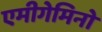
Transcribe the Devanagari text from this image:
एमीगेमिनो